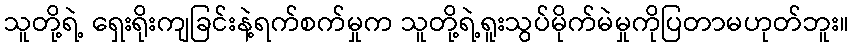
သူတို့ရဲ့ ရှေးရိုးကျခြင်းနဲ့ရက်စက်မှုက သူတို့ရဲ့ရူးသွပ်မိုက်မဲမှုကိုပြတာမဟုတ်ဘူး။